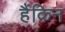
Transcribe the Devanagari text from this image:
हैंकिन